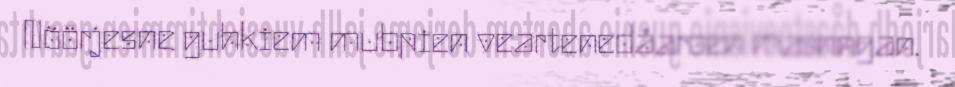
Nöörjesne guhkiem mubpien veartenedåaroen mænngan.